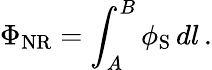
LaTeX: \Phi_{\textup{NR}}=\int_{A}^{B}\phi_{\textup{S}}\, dl\, .